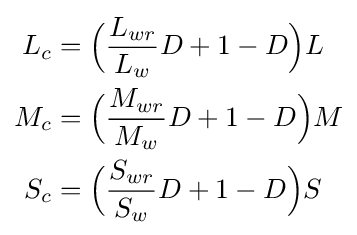
{\begin{aligned}L_{c}&={\Big (}{\frac {L_{wr}}{L_{w}}}D+1-D{\Big )}L\\M_{c}&={\Big (}{\frac {M_{wr}}{M_{w}}}D+1-D{\Big )}M\\S_{c}&={\Big (}{\frac {S_{wr}}{S_{w}}}D+1-D{\Big )}S\\\end{aligned}}